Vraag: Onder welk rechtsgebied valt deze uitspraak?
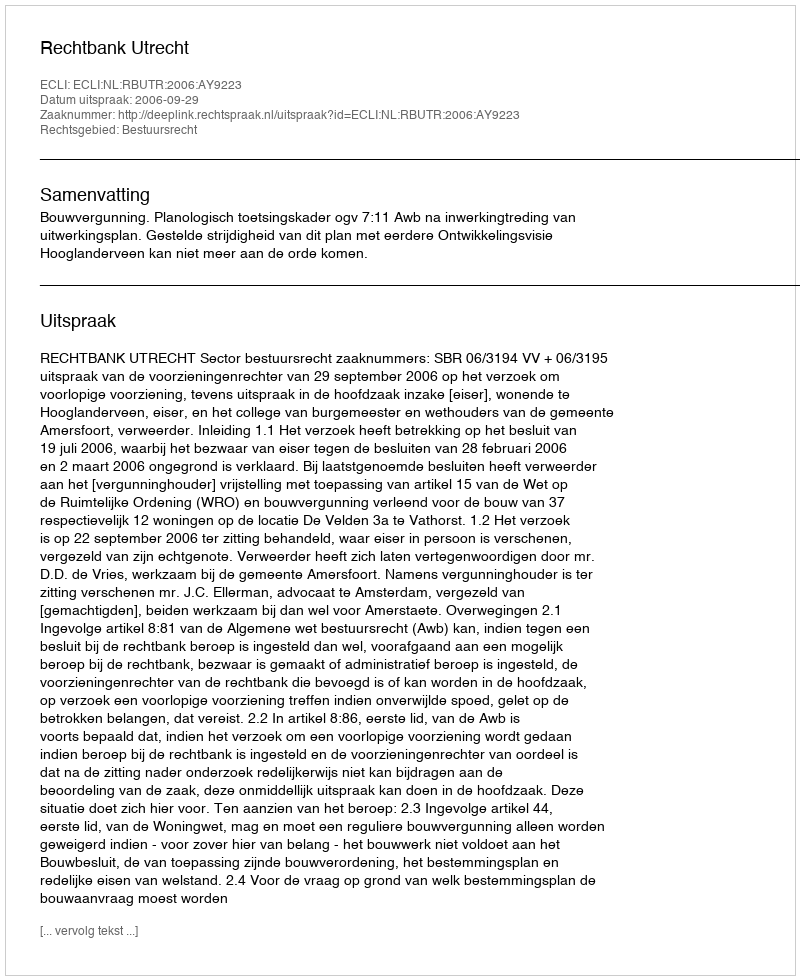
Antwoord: Bestuursrecht